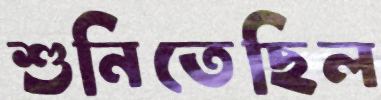
শুনিতেছিল